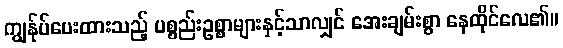
ကျွန်ုပ်ပေးထားသည့် ပစ္စည်းဥစ္စာများနှင့်သာလျှင် အေးချမ်းစွာ နေထိုင်လေ၏။